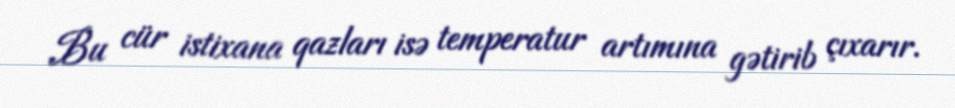
Bu cür istixana qazları isə temperatur artımına gətirib çıxarır.